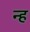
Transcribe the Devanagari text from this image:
न्ह